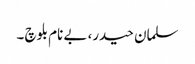
سلمان حیدر، بے نام بلوچ ۔